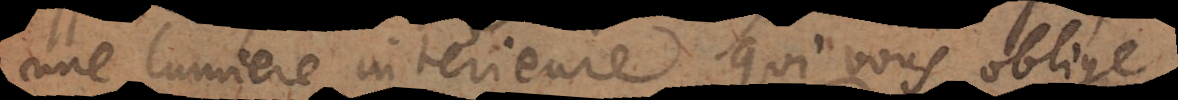
une lumiere intérieure qui vous oblige